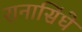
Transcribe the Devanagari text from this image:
रानासिंघे